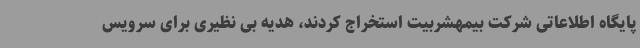
پایگاه اطلاعاتی شرکت بیمهشربیت استخراج کردند، هدیه بی نظیری برای سرویس